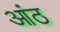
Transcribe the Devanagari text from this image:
आंठ